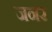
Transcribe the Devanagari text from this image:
जनर